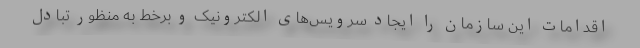
اقدامات این سازمان را ایجاد سرویس‌های الکترونیک و برخط به منظور تبادل